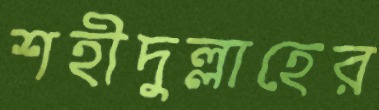
শহীদুল্লাহের